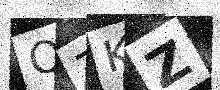
Text: Q7KZ